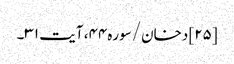
[۲۵] دخان/سوره۴۴، آیت ۳۱۔